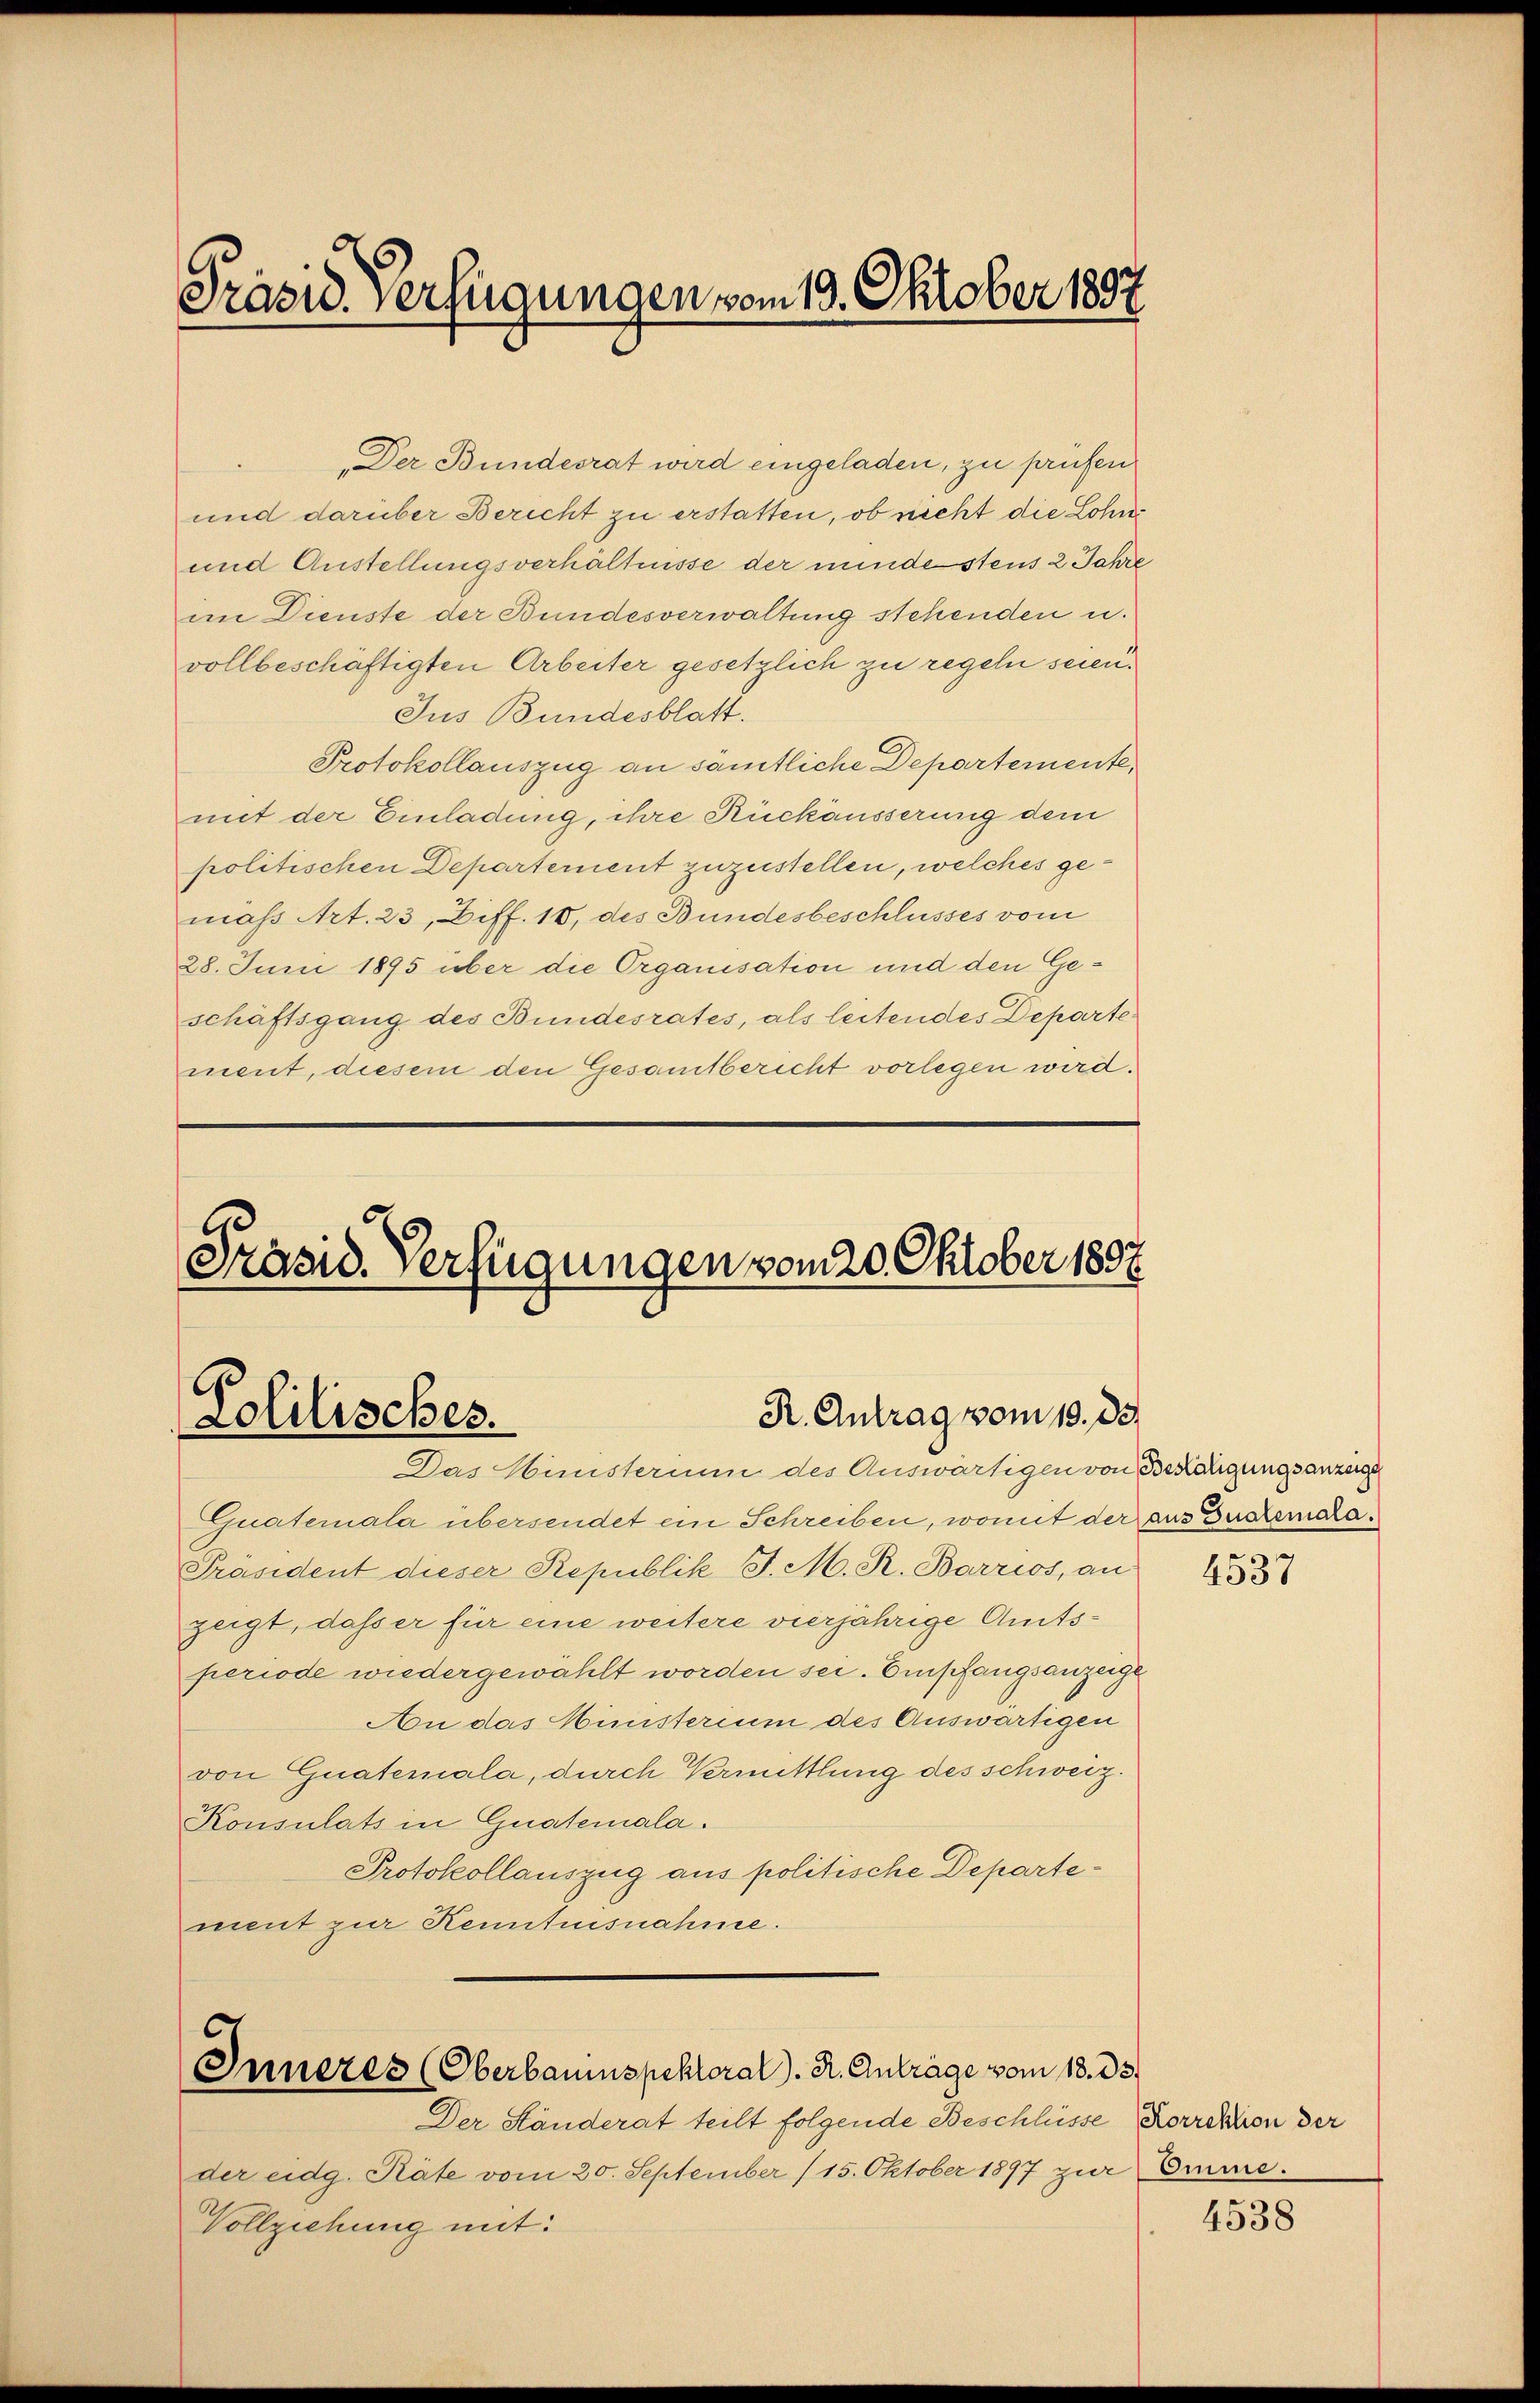
s
Pasid. Verfügungen vom 19. Oktober 1897

Der Bundesrat wird eingeladen, zu prüfen
und darüber Bericht zu erstatten, ob nicht die Lohne
und Austellungsverhältnisse der minde stens 2 Jahre
an Dienste der Bundesverwaltung stehenden u.
vollbeschäftigten Arbeiter gesetzlich zu regeln seien.
Jus Bundesblatt.
Protokollauszug an sämtliche Departemente,
mit der Einladung, ihre Rückäusserung dem
politischen Departement zuzustellen, welches gemaß Art. 23, Ziff. 10, des Bundesbeschlusses vom
28. Juni 1895 über die Organisation und den Geschäftsgang des Bundesrates, als leitendes Departement, diesem den Gesamtbericht vorlegen wird.

Präsid. Verfügungen vom 20. Oktober 1807

R. Antrag vom 19. ds.
Lolilisches.

Das Ministerium des Auswärtigen von Betätigungsanzeige

Inneres (Oberbauinspektoral. A. Anträge vom 18. 33.
Der Ständerat teilt folgende Beschlüsse Korrektion der

Vollziehung mit:

der eidg. Räte vom 20. September (15. Oktober 1897 zur

Guaterala übersendet ein Schreiben, womit der aus Buchsmara¬
Präsident dieser Republik J. M. R. Barrios, an
zeigt, dass er für eine weitere vierjährige Amtsperiode wiedergewählt worden sei. Empfangsanzeige
An das Ministerium des Auswärtigen
von Guatemala, durch Vermittlung des schweiz.
Konsulats in Guatemala.
Protokollauszug aus politische Departement zur Kenntnisnahme.

4537

Omme.

4538